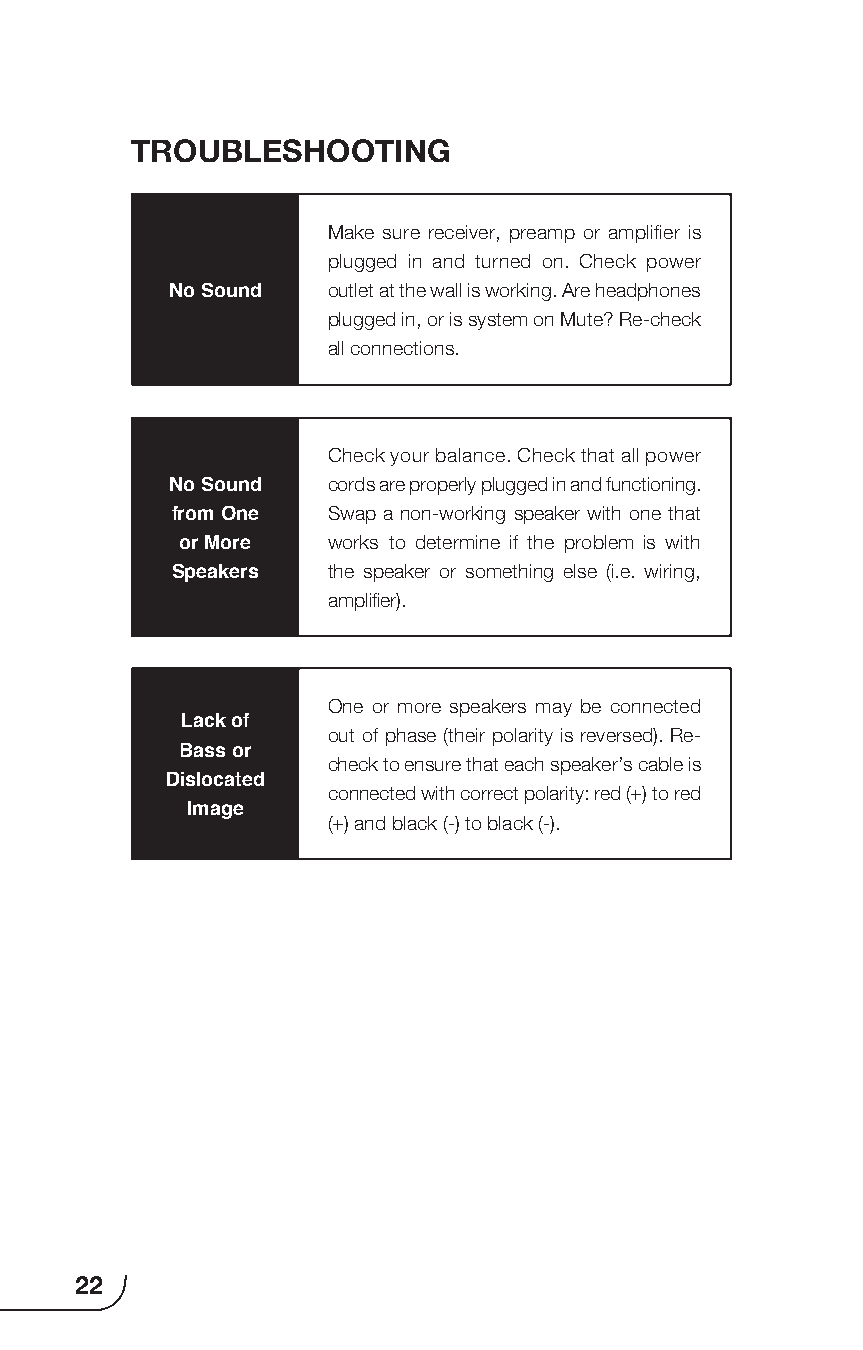
TROUBLESHOOTING
 Make sure receiver, preamp or amplifier is
 plugged in and turned on. Check power
 No Sound   outlet at the wall is working. Are headphones
 plugged in, or is system on Mute? Re-check
 all connections.
 Check your balance. Check that all power
 No Sound   cords are properly plugged in and functioning.
 from One   Swap a non-working speaker with one that
 or More   works to determine if the problem is with
 Speakers   the speaker or something else (i.e. wiring,
 amplifier).
 One or more speakers may be connected
 Lack of
 out of phase (their polarity is reversed). Re-
 Bass or
 check to ensure that each speaker’s cable is
 Dislocated
 connected with correct polarity: red (+) to red
 Image
 (+) and black (-) to black (-).
 22